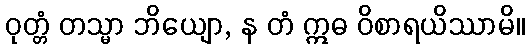
ဝုတ္တံ တသ္မာ ဘိယျော, န တံ ဣဓ ဝိစာရယိဿာမိ။